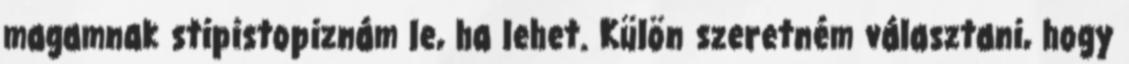
magamnak stipistopiznám le, ha lehet. Külön szeretném választani, hogy